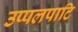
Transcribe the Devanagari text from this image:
उप्पलपाटि